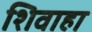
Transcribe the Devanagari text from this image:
शिवाहा